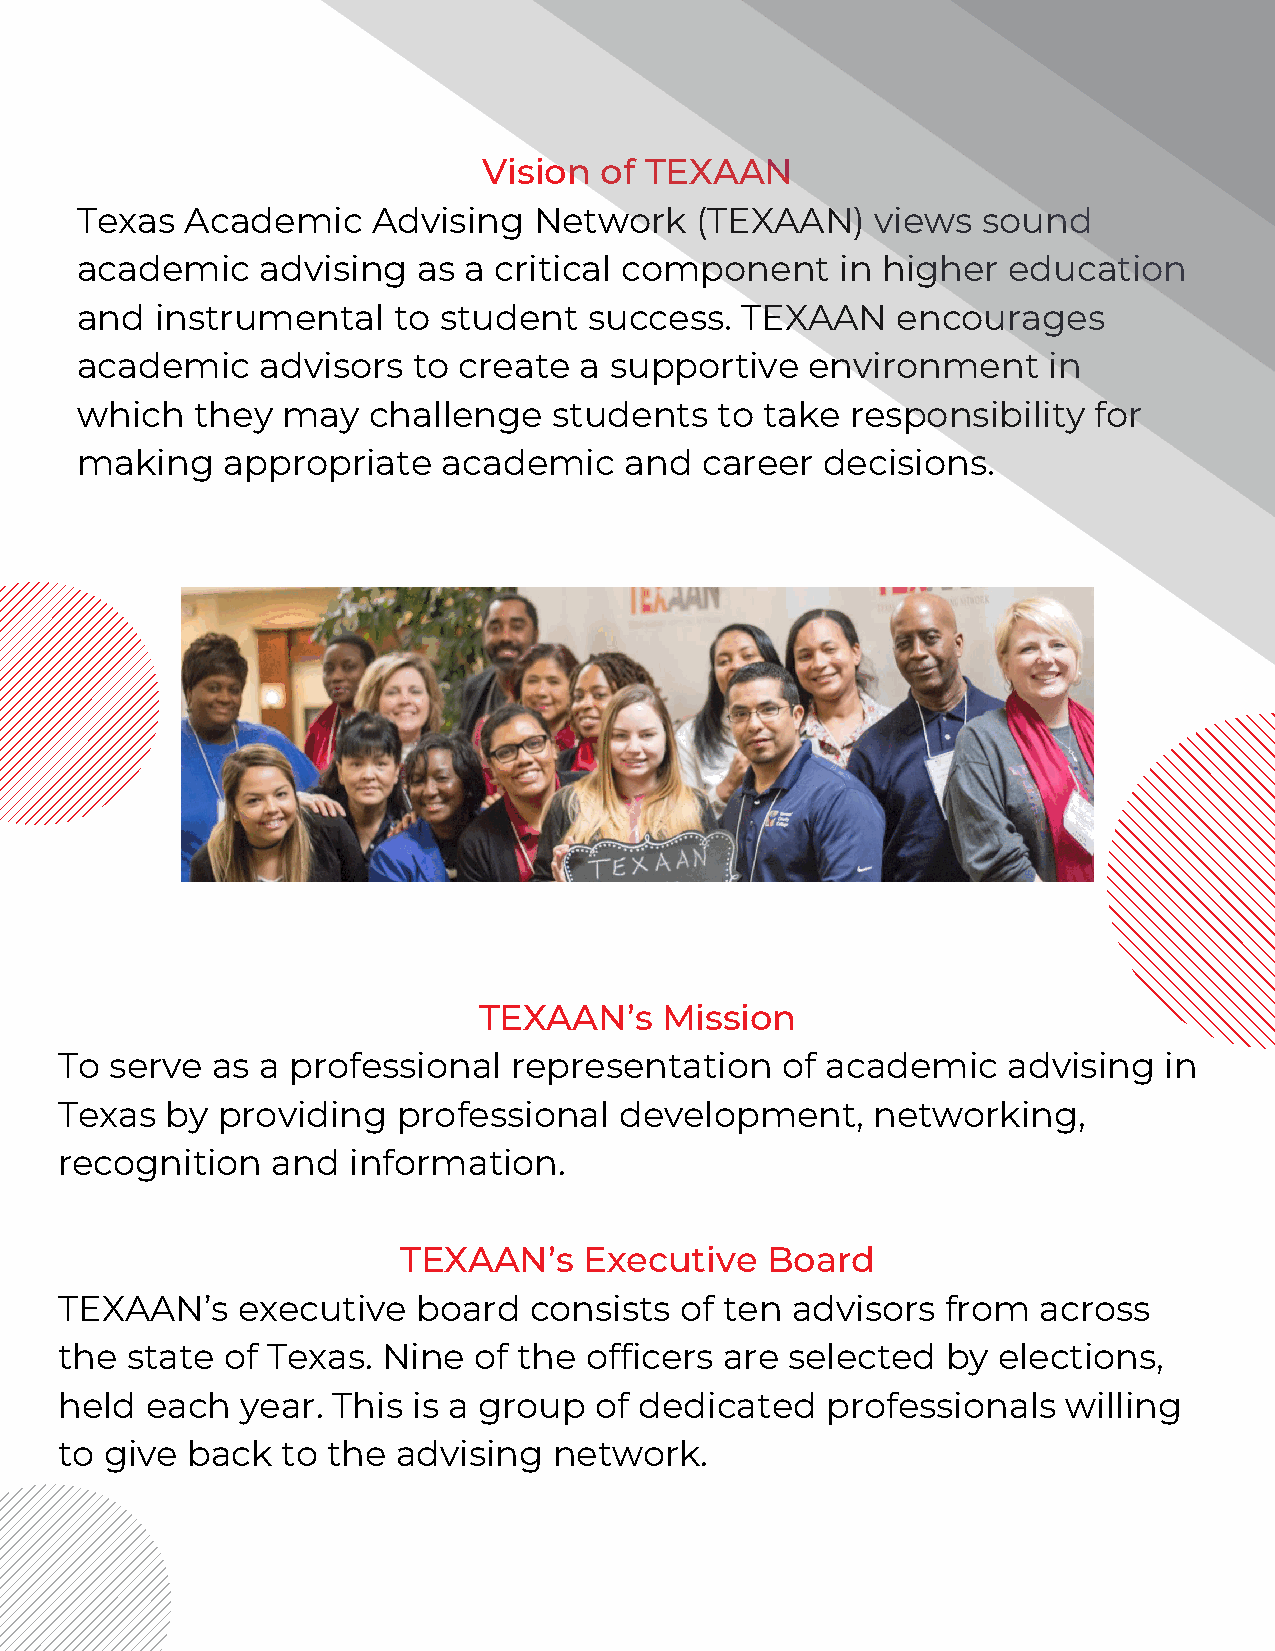
Vision  of TEXAAN
 Texas  Academic     Advising  Network    (TEXAAN)    views  sound
 academic    advising   as a critical component     in higher  education
 and  instrumental    to student   success.  TEXAAN    encourages
 academic    advisors  to create  a supportive    environment    in
 which   they  may  challenge    students  to  take responsibility  for
 making    appropriate   academic    and  career  decisions.
 TEXAAN’s    Mission
 To serve  as a professional   representation    of academic    advising  in
 Texas  by providing   professional   development,     networking,
 recognition   and  information.
 TEXAAN’s     Executive   Board
 TEXAAN’s    executive   board  consists  of ten advisors   from  across
 the state  of Texas. Nine  of the  officers are selected   by elections,
 held  each  year. This is a group  of dedicated    professionals   willing
 to give back   to the advising   network.